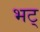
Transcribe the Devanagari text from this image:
भट्